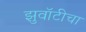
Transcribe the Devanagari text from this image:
झुवॉटीचा